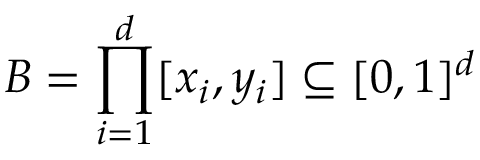
B = \prod _ { i = 1 } ^ { d } [ x _ { i } , y _ { i } ] \subseteq [ 0 , 1 ] ^ { d }